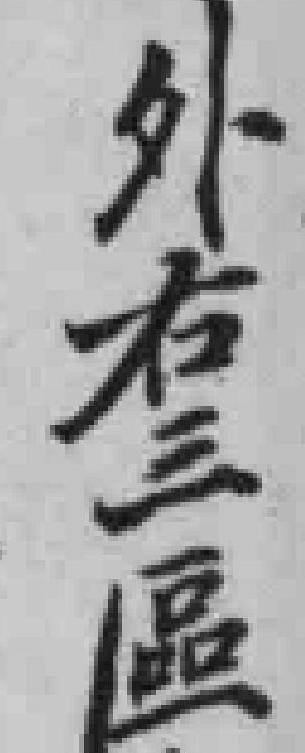
外右三區